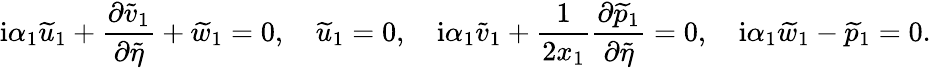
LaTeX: \mathrm{i}\alpha_{1}\widetilde{u}_{1}+\frac{\partial\widetilde{v}_{1}}{\partial\widetilde{\eta}}+\widetilde{w}_{1}=0,\quad\widetilde{u}_{1}=0,\quad\mathrm{i}\alpha_{1}\widetilde{v}_{1}+\frac{1}{2x_{1}}\frac{\partial\widetilde{p}_{1}}{\partial\widetilde{\eta}}=0,\quad\mathrm{i}\alpha_{1}\widetilde{w}_{1}-\widetilde{p}_{1}=0.